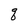
Character: q